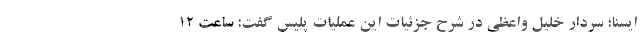
ایسنا؛ سردار خلیل واعظی در شرح جزئیات این عملیات پلیس گفت: ساعت ۱۲